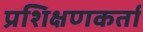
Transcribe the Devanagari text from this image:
प्रशिक्षणकर्ता